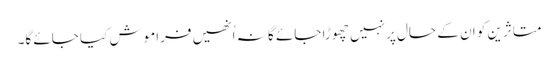
متاثرین کو ان کے حال پر نہیں چھوڑا جائے گا نہ اُنھیں فراموش کیا جائے گا۔